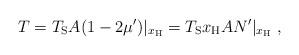
LaTeX: \begin{align*}T = T_{\rm S} A (1-2 \mu')|_{x_{\rm H}} = T_{\rm S} x_{\rm H} A N' |_{x_{\rm H}}\ , \end{align*}